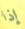
إذا